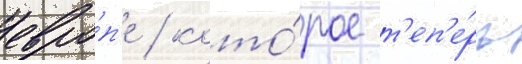
евро́п'е / кото́рое т'еп'е́рь